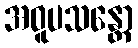
အဝူပသန္တော